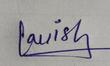
Signature authenticity: genuine